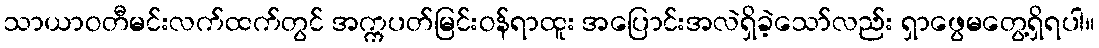
သာယာဝတီမင်းလက်ထက်တွင် အက္ကပတ်မြင်းဝန်ရာထူး အပြောင်းအလဲရှိခဲ့သော်လည်း ရှာဖွေမတွေ့ရှိရပါ။